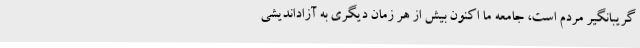
گریبانگیر مردم است، جامعه ما اکنون بیش از هر زمان دیگری به آزاداندیشی